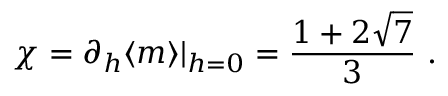
\chi = \partial _ { h } \langle m \rangle | _ { h = 0 } = \frac { 1 + 2 \sqrt { 7 } } { 3 } \ .